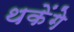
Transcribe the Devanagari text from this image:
थकेंगे